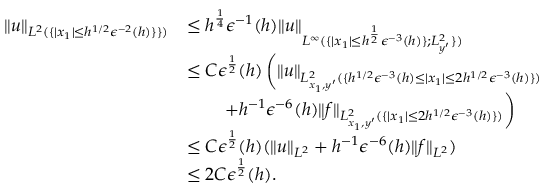
\begin{array} { r l } { \| u \| _ { L ^ { 2 } ( \{ | x _ { 1 } | \leq h ^ { 1 / 2 } \epsilon ^ { - 2 } ( h ) \} \} ) } } & { \leq h ^ { \frac { 1 } { 4 } } \epsilon ^ { - 1 } ( h ) \| u \| _ { L ^ { \infty } ( \{ | x _ { 1 } | \leq h ^ { \frac { 1 } { 2 } } \epsilon ^ { - 3 } ( h ) \} ; L _ { y ^ { \prime } } ^ { 2 } \} ) } } \\ & { \leq C \epsilon ^ { \frac { 1 } { 2 } } ( h ) \left( \| u \| _ { L _ { x _ { 1 } , y ^ { \prime } } ^ { 2 } ( \{ h ^ { 1 / 2 } \epsilon ^ { - 3 } ( h ) \leq | x _ { 1 } | \leq 2 h ^ { 1 / 2 } \epsilon ^ { - 3 } ( h ) \} ) } \right. } \\ & { \qquad \left. + h ^ { - 1 } \epsilon ^ { - 6 } ( h ) \| f \| _ { L _ { x _ { 1 } , y ^ { \prime } } ^ { 2 } ( \{ | x _ { 1 } | \leq 2 h ^ { 1 / 2 } \epsilon ^ { - 3 } ( h ) \} ) } \right) } \\ & { \leq C \epsilon ^ { \frac { 1 } { 2 } } ( h ) ( \| u \| _ { L ^ { 2 } } + h ^ { - 1 } \epsilon ^ { - 6 } ( h ) \| f \| _ { L ^ { 2 } } ) } \\ & { \leq 2 C \epsilon ^ { \frac { 1 } { 2 } } ( h ) . } \end{array}